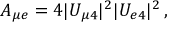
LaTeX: A _ { { \mu } e } = 4 | U _ { \mu 4 } | ^ { 2 } | U _ { e 4 } | ^ { 2 } \, ,